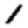
Digit: 1